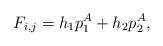
LaTeX: \begin{align*}F_{i,j} = h_1 p^A_1 + h_2 p^A_2,\end{align*}